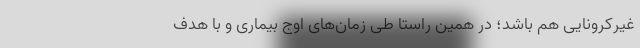
غیرکرونایی هم باشد؛ در همین راستا طی زمان‌های اوج بیماری و با هدف